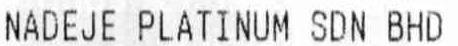
NADEJE PLATINUM SDN BHD